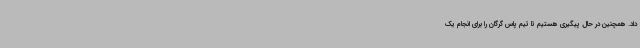
داد. همچنین در حال پیگیری هستیم تا تیم پاس گرگان را برای انجام یک